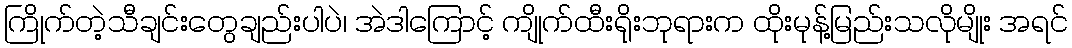
ကြိုက်တဲ့သီချင်းတွေချည်းပါပဲ၊ အဲဒါကြောင့် ကျိုက်ထီးရိုးဘုရားက ထိုးမုန့်မြည်းသလိုမျိုး အရင်